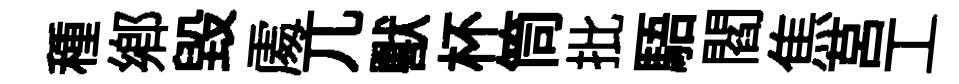
種鄕毀𠁅兀獸杯筒批䮏閻焦莒工